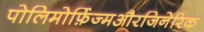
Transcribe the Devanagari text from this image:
पोलिमोर्फ़िज्मऔरजिनेरिक